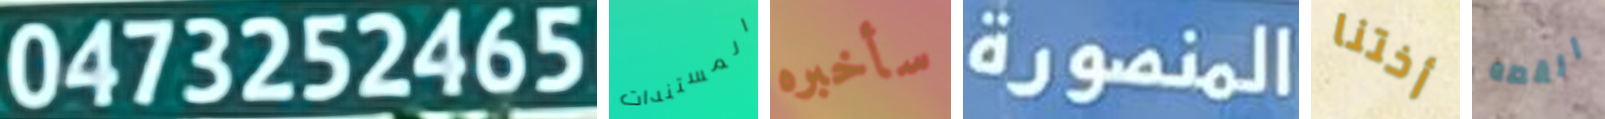
0473252465 المستندات سأخبره المنصورة أختنا القصه